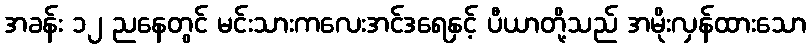
အခန်း ၁၂ ညနေတွင် မင်းသားကလေးအင်ဒရေနှင့် ပီယာတို့သည် အမိုးလှန်ထားသော